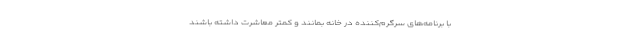
با برنامه‌های سرگرم‌کننده در خانه بمانند و کمتر معاشرت داشته باشند